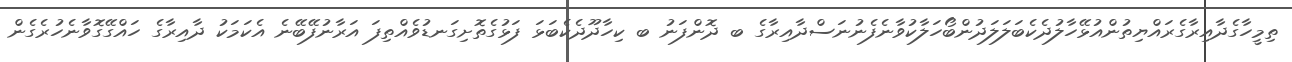
ތިމީހާގެދާއިރާގެރައްޔިތުންއުޅޭހާލުދެކެބަލަލަދުންބޯހަލާކުވާނެފެނުނަސްދާއިރާގެ ބ ދޮންފަނު ބ ކިހާދޫދެކެބަޅަ ފަޅުގެތޮށިގަނޑުވެއްތިފަ އަރާނުފޭބޭނެ އެކަމަކު ދާއިރާގެ ހައްގޭގޮވާނެހުރެގެން